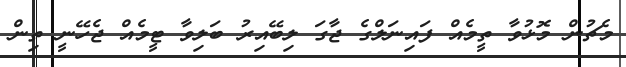
މެޗުން މޮޅުވާ ތީމެއް ފައިނަލްގެ ޖާގަ ލިބޭއިރު ބަލިވާ ޓީމެއް ޖެހޭނީ ތިން